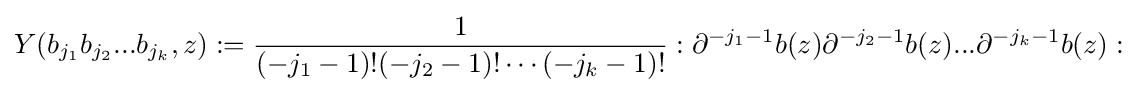
Y(b_{j_{1}}b_{j_{2}}...b_{j_{k}},z):={\frac {1}{(-j_{1}-1)!(-j_{2}-1)!\cdots (-j_{k}-1)!}}:\partial ^{-j_{1}-1}b(z)\partial ^{-j_{2}-1}b(z)...\partial ^{-j_{k}-1}b(z):